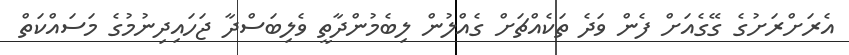
އެރަށްރަށުގެ ގޭގެއަށް ފެން ވަދެ ތަކެއްޗަށް ގެއްލުން ލިބެމުންދާތީ ވެލިބަސްދާ ޖަހައިދިނުމުގެ މަސައްކަތް